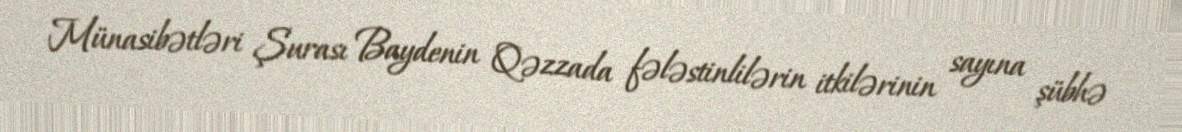
Münasibətləri Şurası Baydenin Qəzzada fələstinlilərin itkilərinin sayına şübhə